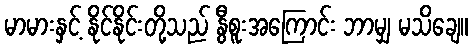
မာမားနှင့် နိုင်နိုင်းတို့သည် နွီစူးအကြောင်း ဘာမျှ မသိချေ။